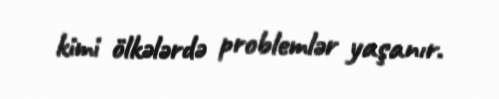
kimi ölkələrdə problemlər yaşanır.